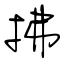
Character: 拂